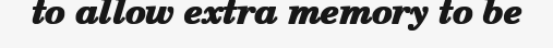
to allow extra memory to be